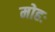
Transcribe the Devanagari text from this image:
मोहः